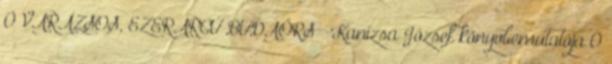
0 VARÁZSOS, EZERARCÚ BUDAÖRS – Kanizsa József könyvbemutatója 0